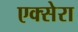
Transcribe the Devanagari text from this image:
एक्सेरा